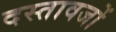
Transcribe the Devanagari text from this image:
दस्तावजों